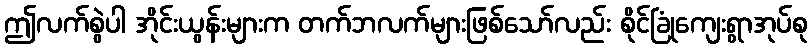
ဤလက်စွဲပါ အိုင်းယွန်းများက တက်ဘလက်များဖြစ်သော်လည်း စိုင်ခြုံကျေးရွာအုပ်စု